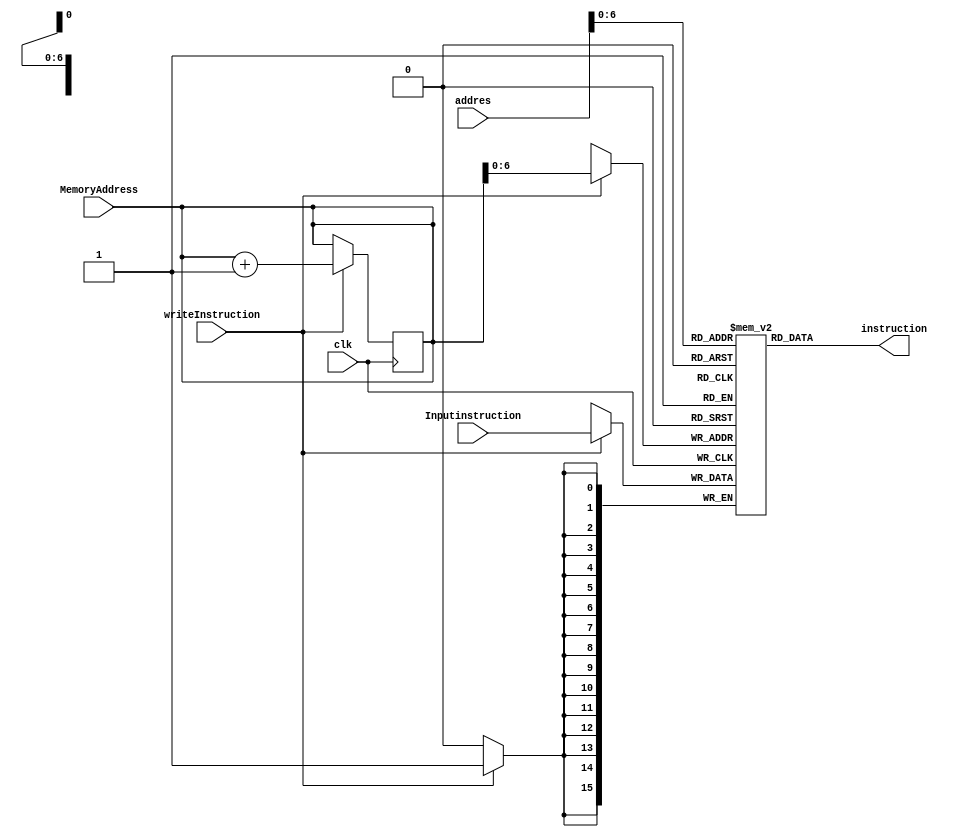

module Instruction_Memory (
    input  [31:0] addres,
    input clk ,
    output [15:0] instruction,
    input [15:0] Inputinstruction,
    input writeInstruction,
    input [31:0] MemoryAddress
);

    reg  [31:0]  WriteAddress;
    reg [15:0] memory_instruction [100:0];
    assign instruction = memory_instruction[addres[20:0]];
    
    always @(MemoryAddress) begin
        WriteAddress = MemoryAddress;
    end
    
    always @(posedge clk) begin
        if (writeInstruction == 1) begin
            memory_instruction[WriteAddress] = Inputinstruction;
            WriteAddress = WriteAddress + 1;
        end
    end

endmodule